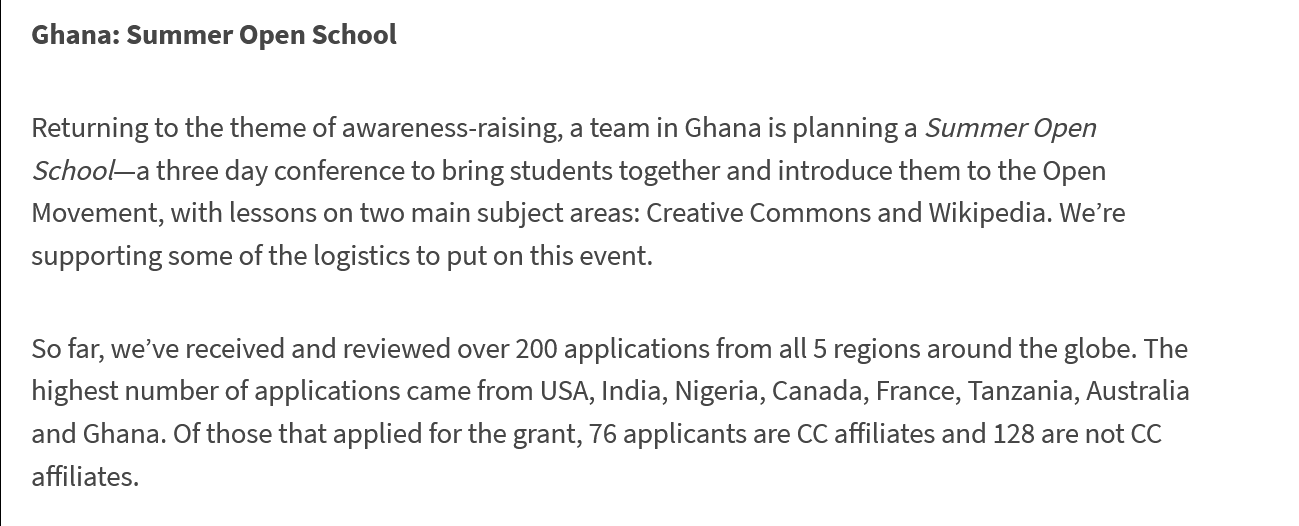
Ghana: Summer Open   School
   Returning to the theme of awareness-raising, a team in Ghana is planning a Summer Open
   School—a three day conference to bring students together and introduce them to the Open
   Movement, with lessons on two main subject areas: Creative Commons and Wikipedia. We’re
   supporting some of the logistics to put on this event.
   So far, we’ve received and reviewed over 200 applications from all 5 regions around the globe. The
   highest number of applications came from USA, India, Nigeria, Canada, France, Tanzania, Australia
   and Ghana. Of those that applied for the grant, 76 applicants are CC affiliates and 128 are not CC
   affiliates.